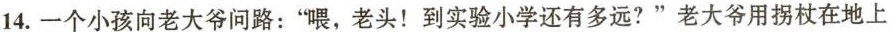
14.一个小孩向老大爷问路：”喂，老头！到实验小学还有多远?”老大爷用拐杖在地上